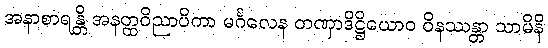
အနာစာရန္တိ အနတ္ထဝိညာပိကာ မင်္ဂလေန တဏှာဒိဋ္ဌိယောဝ ဝိနဿန္တာ သာမိနိ